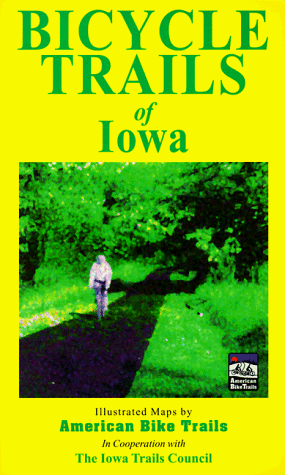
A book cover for Bicycle Trails of Iowa; Ray Hoven; Travel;